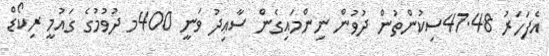
އެފަހަރު 47.48ސިކުންތުން ދުވުން ނިންމައިގެން ސާޢިދު ވަނީ 400މ ދުވުމުގެ ގައުމީ ރިކޯޑް